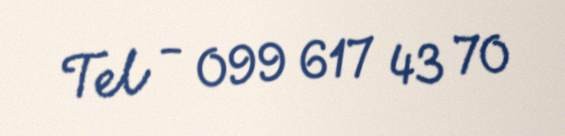
Tel - 099 617 43 70